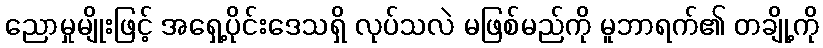
ညောမှုမျိုးဖြင့် အရှေ့ပိုင်းဒေသရှိ လုပ်သလဲ မဖြစ်မည်ကို မူဘာရက်၏ တချို့ကို